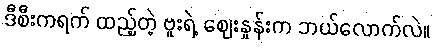
ဒီစီးကရက် ထည့်တဲ့ ဗူးရဲ့ ဈေးနှုန်းက ဘယ်လောက်လဲ။